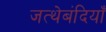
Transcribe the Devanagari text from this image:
जत्थेबंदियाँ